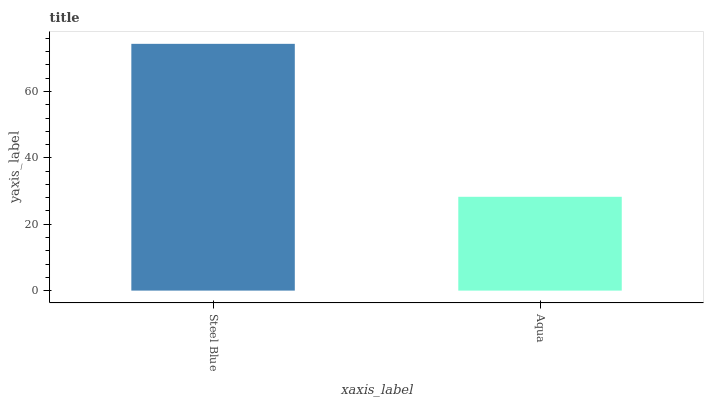
| xaxis_label | bars |
 | --- | --- |
 | Steel Blue | 74.3 |
 | Aqua | 28.3 |